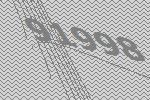
91998